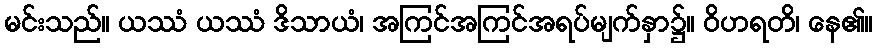
မင်းသည်။ ယဿံ ယဿံ ဒိသာယံ၊ အကြင်အကြင်အရပ်မျက်နှာ၌။ ဝိဟရတိ၊ နေ၏။